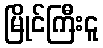
မြိုင်ကြီးငူ